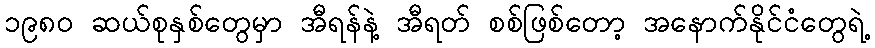
၁၉၈၀ ဆယ်စုနှစ်တွေမှာ အီရန်နဲ့ အီရတ် စစ်ဖြစ်တော့ အနောက်နိုင်ငံတွေရဲ့